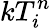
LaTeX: kT_{i}^{n}